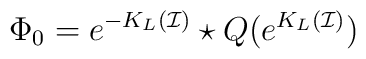
\Phi_0=e^{-K_L(\mathcal{I})}\star Q(e^{K_L(\mathcal{I})})